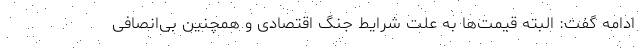
ادامه گفت: البته قیمت‌ها به علت شرایط جنگ اقتصادی و همچنین بی‌انصافی